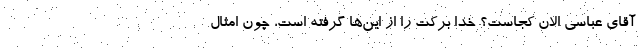
آقای عباسی الان کجاست؟ خدا برکت را از این‌ها گرفته است، چون امثال